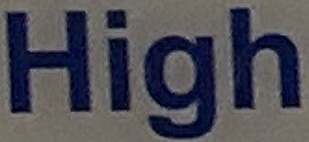
High